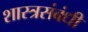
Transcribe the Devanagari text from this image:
शास्त्रसंबंधी